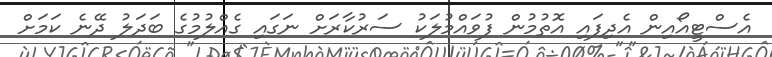
އެސްޓީއޯއިން އެދިފައި އޮތުމުން ފުވައްމުލަކު ސަރުކާރަށް ނަގައި ގެއްލުމުގެ ބަދަލު ދޭނެ ކަމަށް